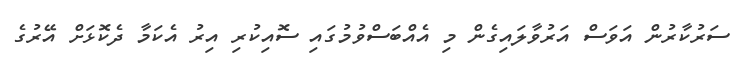
ސަރުކާރުން އަވަސް އަރުވާލައިގެން މި އެއްބަސްވުމުގައި ސޮއިކުރި އިރު އެކަމާ ދެކޮޅަށް އޭރުގެ